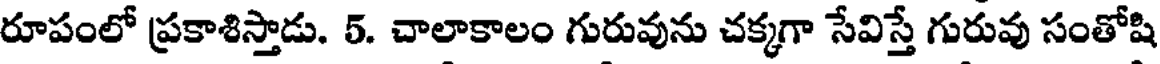
రూపంలో ప్రకాశిస్తాడు. 5. చాలాకాలం గురువును చక్కగా సేవిస్తే గురువు సంతోషి